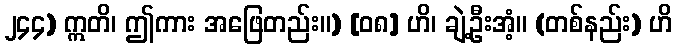
၂၄၄) ဣတိ၊ ဤကား အဖြေတည်း။) [၀၈] ဟိ၊ ချဲ့ဦးအံ့။ (တစ်နည်း) ဟိ